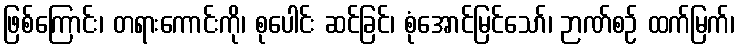
ဖြစ်ကြောင်း၊ တရားကောင်းကို၊ စုပေါင်း ဆင်ခြင်၊ စုံအောင်မြင်သော်၊ ဉာဏ်စဉ် ထက်မြက်၊